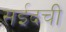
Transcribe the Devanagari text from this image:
सईदची